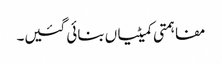
مفاہمتی کمیٹیاں بنائی گئیں۔